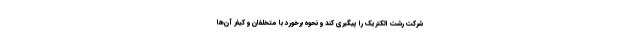
شرکت رشت الکتریک را پیگیری کند و نحوه برخورد با متخلفان و کیفر آن‌ها